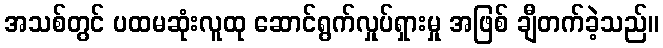
အသစ်တွင် ပထမဆုံးလူထု ဆောင်ရွက်လှုပ်ရှားမှု အဖြစ် ချီတက်ခဲ့သည်။